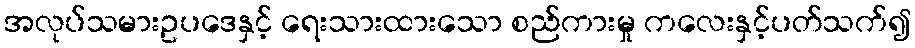
အလုပ်သမားဥပဒေနှင့် ရေးသားထားသော စည်ကားမှု ကလေးနှင့်ပတ်သက်၍